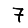
Digit: 7